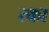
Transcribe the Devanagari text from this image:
त्का